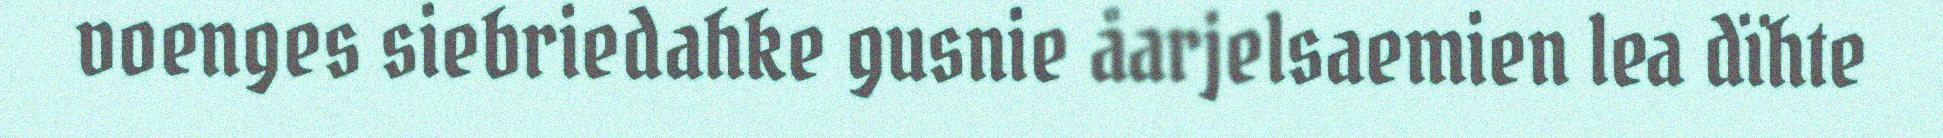
voenges siebriedahke gusnie åarjelsaemien lea dïhte